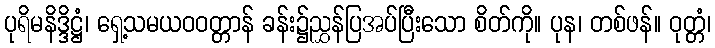
ပုရိမနိဒ္ဒိဋ္ဌံ၊ ရှေ့သမယဝဝတ္တာန် ခန်း၌ညွှန်ပြအပ်ပြီးသော စိတ်ကို။ ပုန၊ တစ်ဖန်။ ဝုတ္တံ၊